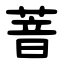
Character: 萻